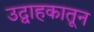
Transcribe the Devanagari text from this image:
उद्वाहकातून